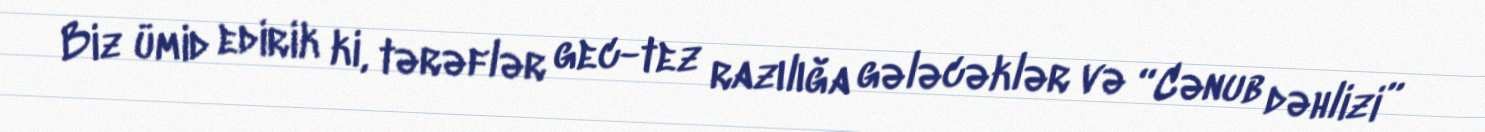
Biz ümid edirik ki, tərəflər gec-tez razılığa gələcəklər və “Cənub dəhlizi”